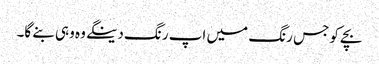
بچے کو جس رنگ میں اپ رنگ دینگے وہ وہی بنے گا۔